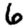
Digit: 6